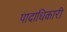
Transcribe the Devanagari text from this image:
पादाधिकारी